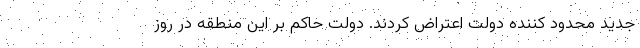
جدید محدود کننده دولت اعتراض کردند. دولت حاکم بر این منطقه در روز